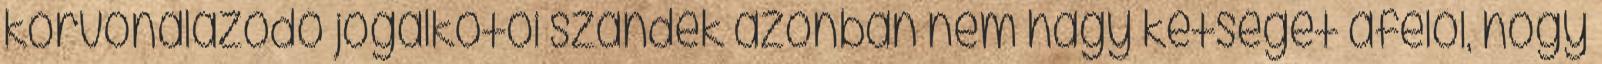
körvonalazódó jogalkotói szándék azonban nem hagy kétséget afelől, hogy